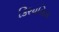
કિરયતિલ